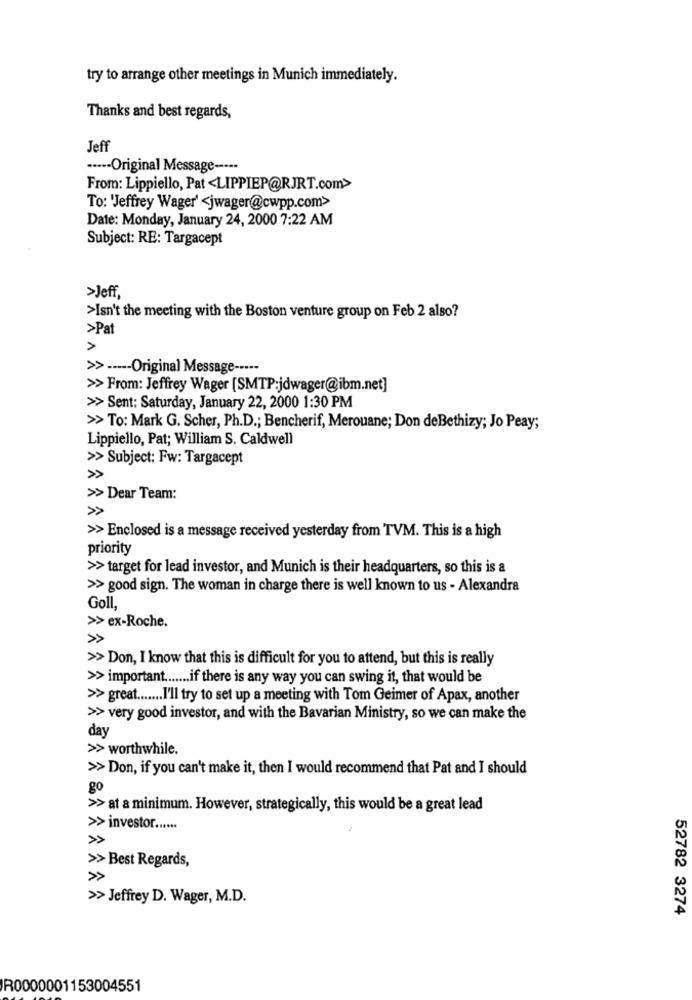
try to arrange other meetings in Munich immediately.
Thanks and best regards,
Jeff
····- Original Message -----
From: Lippiello, Pat <LIPPIEP@RJRT.com>
To: 'Jeffrey Wager' <jwager@cwpp.com>
Date: Monday, January 24, 2000 7:22 AM
Subject: RE: Targacept
>Jeff
>Isn't the meeting with the Boston venture group on Feb 2 also?
>Pat
>
>> ----- Original Message -----
>> From: Jeffrey Wager [SMTP:jdwager@ibm.net]
>> Sent: Saturday, January 22, 2000 1:30 PM
>> To: Mark G. Scher, Ph.D .; Bencherif, Merouane; Don deBethizy; Jo Peay;
Lippiello, Pat; William S. Caldwell
>> Subject: Fw: Targacept
>> Dear Team:
>> Enclosed is a message received yesterday from TVM. This is a high
priority
>> target for lead investor, and Munich is their headquarters, so this is a
>> good sign. The woman in charge there is well known to us - Alexandra
Goll,
>> ex-Roche.
>> Don, I know that this is difficult for you to attend, but this is really
>> important ....... if there is any way you can swing it, that would be
>> great ....... I'll try to set up a meeting with Tom Geimer of Apax, another
>> very good investor, and with the Bavarian Ministry, so we can make the
day
>> worthwhile.
>> Don, if you can't make it, then I would recommend that Pat and I should
go
>> at a minimum. However, strategically, this would be a great lead
>> investor ......
>> Best Regards,
»
>> Jeffrey D. Wager, M.D.
52782 3274
R0000001153004551